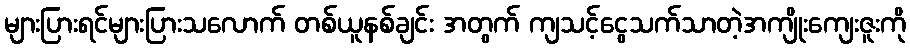
များပြားရင်များပြားသလောက် တစ်ယူနစ်ချင်း အတွက် ကျသင့်ငွေသက်သာတဲ့အကျိုးကျေးဇူးကို